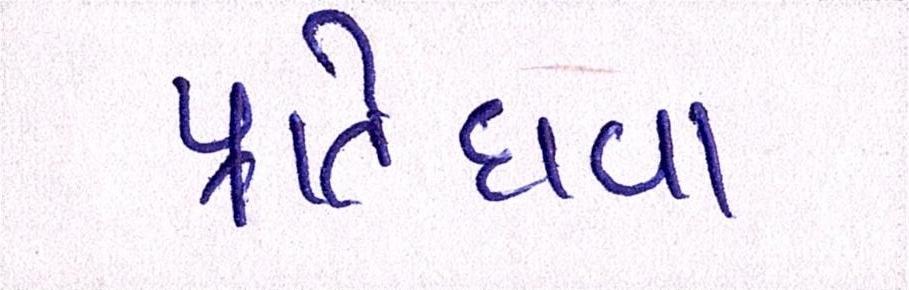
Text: પ્રતિદાવા